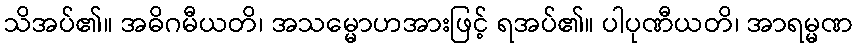
သိအပ်၏။ အဓိဂမီယတိ၊ အသမ္မောဟအားဖြင့် ရအပ်၏။ ပါပုဏီယတိ၊ အာရမ္မဏ